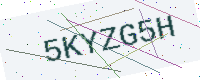
Text: 5KYZG5H